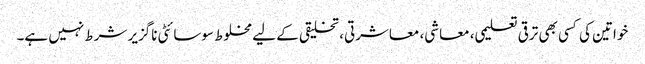
خواتین کی کسی بھی ترقی تعلیمی، معاشی، معاشرتی، تخلیقی کے لیے مخلوط سوسائٹی ناگزیر شرط نہیں ہے۔